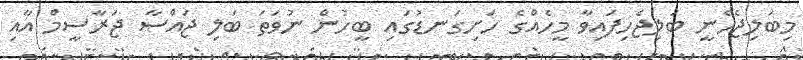
މިބަލިޖެހެނީ ބަލިޖެހިފައިވާ މީހެއްގެ ހަށިގަނޑުގައި ބީހުން ނުވަތަ ބަލި ޖައްސާ ޖަރާސީމް އާއި